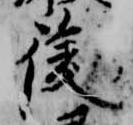
後